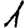
Digit: 1